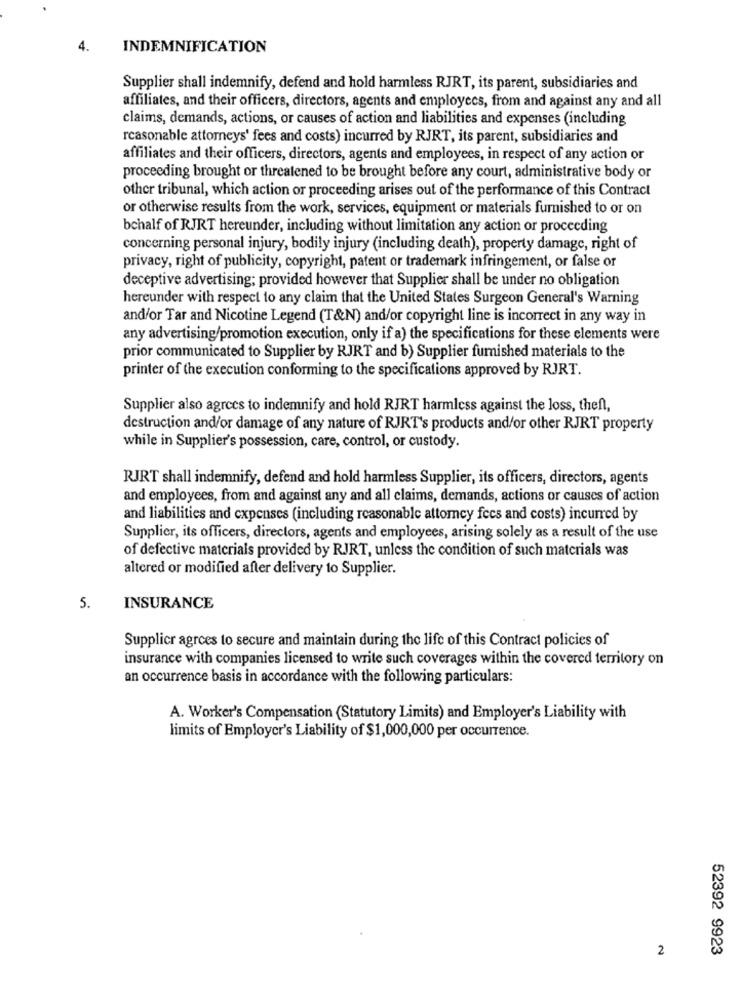
4.
INDEMNIFICATION
Supplier shall indemnify, defend and hold harmless RJRT, its parent, subsidiaries and
affiliates, and their officers, directors, agents and employees, from and against any and all
claims, demands, actions, or causes of action and liabilities and expenses (including
reasonable attorneys' fees and costs) incurred by RJRT, its parent, subsidiaries and
affiliates and their officers, directors, agents and employees, in respect of any action or
proceeding brought or threatened to be brought before any court, administrative body or
other tribunal, which action or proceeding arises out of the performance of this Contract
or otherwise results from the work, services, equipment or materials furnished to or on
bchalf of RJRT hereunder, including without limitation any action or proceeding
concerning personal injury, bodily injury (including death), property damage, right of
privacy, right of publicity, copyright, patent or trademark infringement, or false or
deceptive advertising; provided however that Supplier shall be under no obligation
hereunder with respect to any claim that the United States Surgeon General's Warning
and/or Tar and Nicotine Legend (T&N) and/or copyright line is incorrect in any way in
any advertising/promotion execution, only if a) the specifications for these elements were
prior communicated to Supplier by RJRT and b) Supplier furnished materials to the
printer of the execution conforming to the specifications approved by RJRT.
Supplier also agrees to indemnify and hold RJRT harmless against the loss, theft,
destruction and/or damage of any nature of RJRT's products and/or other RJRT property
while in Supplier's possession, care, control, or custody.
RJRT shall indemnify, defend and hold harmless Supplier, its officers, directors, agents
and employees, from and against any and all claims, demands, actions or causes of action
and liabilities and expenses (including reasonable attorney fees and costs) incurred by
Supplier, its officers, directors, agents and employees, arising solely as a result of the use
of defective materials provided by RJRT, unless the condition of such materials was
altered or modified after delivery to Supplier.
5.
INSURANCE
Supplicr agrees to secure and maintain during the life of this Contract policies of
insurance with companies licensed to write such coverages within the covered territory on
an occurrence basis in accordance with the following particulars:
A. Worker's Compensation (Statutory Limits) and Employer's Liability with
limits of Employer's Liability of $1,000,000 per occurrence.
2
52392 9923